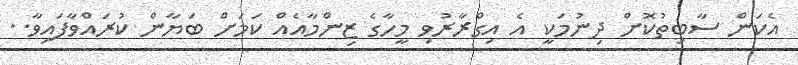
އެކަން ސާބިތުކޮށް ދިނުމަކީ އެ އިގްރާރުވި މީހާގެ ޒިންމާއެއް ކަމަށް ބަޔާން ކުރައްވާފައިވާ..